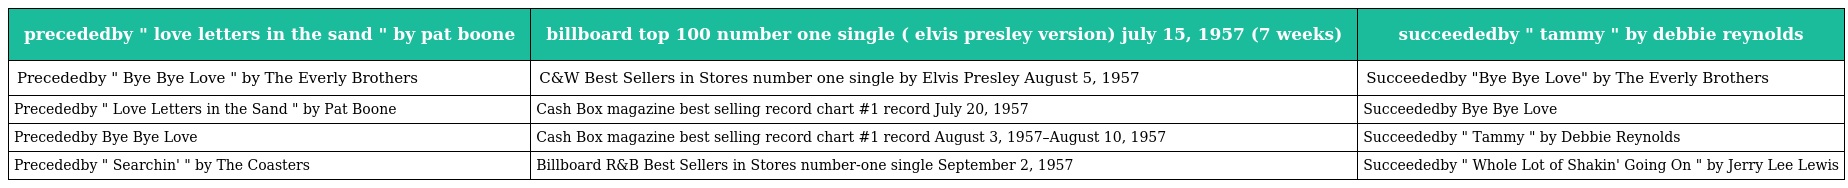
| precededby " love letters in the sand " by pat boone | billboard top 100 number one single ( elvis presley version) july 15, 1957 (7 weeks) | succeededby " tammy " by debbie reynolds |
 | --- | --- | --- |
 | Precededby " Bye Bye Love " by The Everly Brothers | C&W Best Sellers in Stores number one single by Elvis Presley August 5, 1957 | Succeededby "Bye Bye Love" by The Everly Brothers |
 | Precededby " Love Letters in the Sand " by Pat Boone | Cash Box magazine best selling record chart #1 record July 20, 1957 | Succeededby Bye Bye Love |
 | Precededby Bye Bye Love | Cash Box magazine best selling record chart #1 record August 3, 1957–August 10, 1957 | Succeededby " Tammy " by Debbie Reynolds |
 | Precededby " Searchin' " by The Coasters | Billboard R&B Best Sellers in Stores number-one single September 2, 1957 | Succeededby " Whole Lot of Shakin' Going On " by Jerry Lee Lewis |